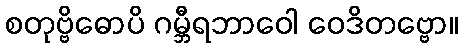
စတုဗ္ဗိဓောပိ ဂမ္ဘီရဘာဝေါ ဝေဒိတဗ္ဗော။